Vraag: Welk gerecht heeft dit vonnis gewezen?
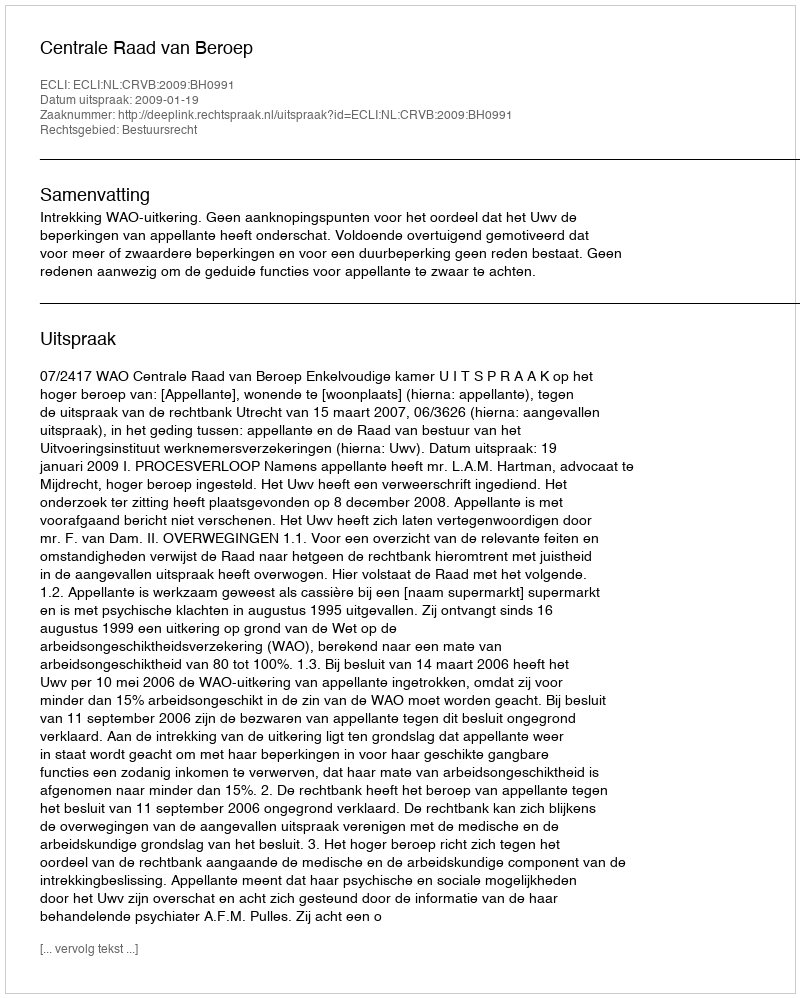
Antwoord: Centrale Raad van Beroep